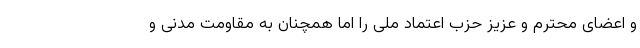
و اعضای محترم و عزیز حزب اعتماد ملی را اما همچنان به مقاومت مدنی و